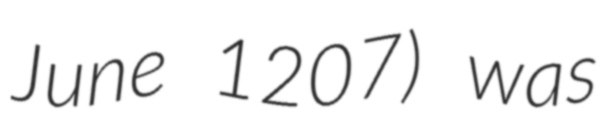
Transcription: June 1207) was